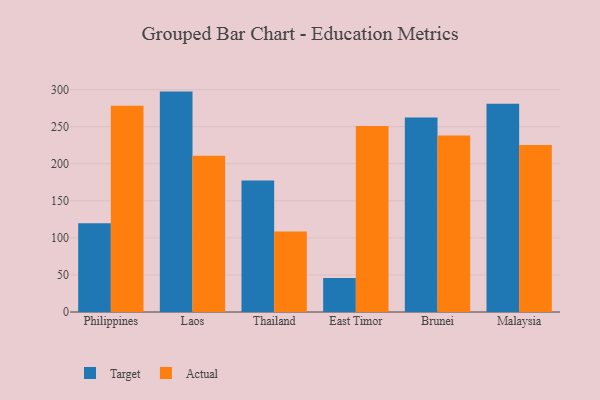
{"axis": {"x": "Country", "y": "Temperature (°C)"}, "legend": ["Actual", "Target"], "data": [{"x": "Philippines", "y": 119.7, "type": "Target"}, {"x": "Philippines", "y": 278.3, "type": "Actual"}, {"x": "Laos", "y": 297.3, "type": "Target"}, {"x": "Laos", "y": 210.8, "type": "Actual"}, {"x": "Thailand", "y": 177.5, "type": "Target"}, {"x": "Thailand", "y": 108.5, "type": "Actual"}, {"x": "East Timor", "y": 46.0, "type": "Target"}, {"x": "East Timor", "y": 250.9, "type": "Actual"}, {"x": "Brunei", "y": 262.5, "type": "Target"}, {"x": "Brunei", "y": 238.1, "type": "Actual"}, {"x": "Malaysia", "y": 280.9, "type": "Target"}, {"x": "Malaysia", "y": 225.2, "type": "Actual"}]}